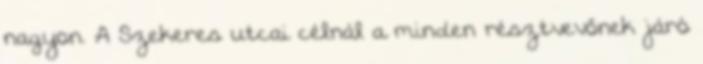
nagyon. A Szekeres utcai célnál a minden résztvevőnek járó